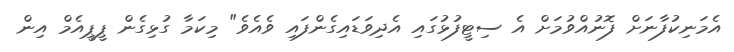
އެމަނިކުފާނަށް ފޮނުއްވުމަށް އެ ސިޓީފުޅުގައި އެދިވަޑައިގެންފައި ވެއެވެ" މިކަމާ ގުޅިގެން ޕީޕީއެމް އިން